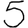
Digit: 5